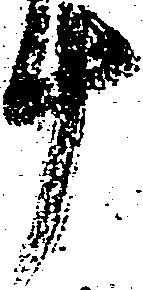
十